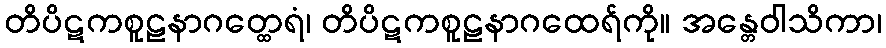
တိပိဋကစူဠနာဂတ္ထေရံ၊ တိပိဋကစူဠနာဂထေရ်ကို။ အန္တေဝါသိကာ၊